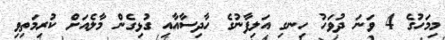
މިމަހުގެ 4 ވަނަ ދުވަހު ހިނގި އަލިފާނުގެ ހާދިސާއާއި ގުޅިގެން މާލެއަށް ކުރިމަތިވި